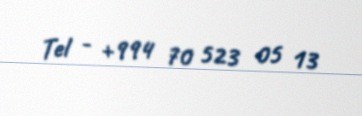
Tel - +994 70 523 05 13